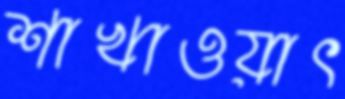
শাখাওয়াৎ